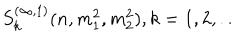
S _ { k } ^ { ( \infty , 1 ) } ( n , m _ { 1 } ^ { 2 } , m _ { 2 } ^ { 2 } ) , k = 1 , 2 , . .